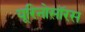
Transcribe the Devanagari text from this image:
यूरिनोसॉरस